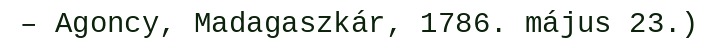
– Agoncy, Madagaszkár, 1786. május 23.)